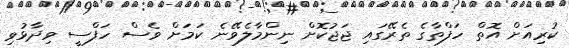
ކުރިއަށް އޮތް ހަފްތާގެ ތެރޭގައި ޖަޖުކޮށް ނިންމާލެވޭނެ ކަމަށް ވެސް ހަފްސީ ވިދާޅުވި